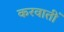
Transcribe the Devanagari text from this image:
करवातीं